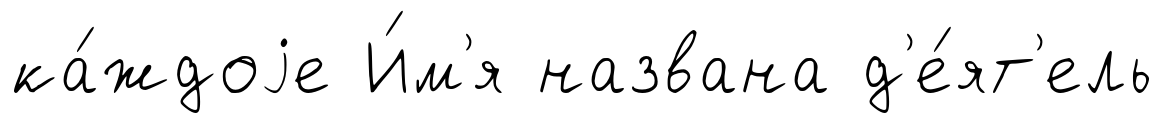
ка́ждоjе И́м'я названа д'е́ят'ель